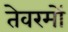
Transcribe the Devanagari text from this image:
तेवरमों